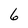
Character: 6